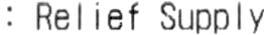
: RELIEF SUPPLY